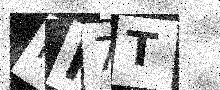
Text: FK7T